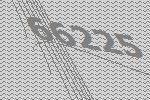
66225